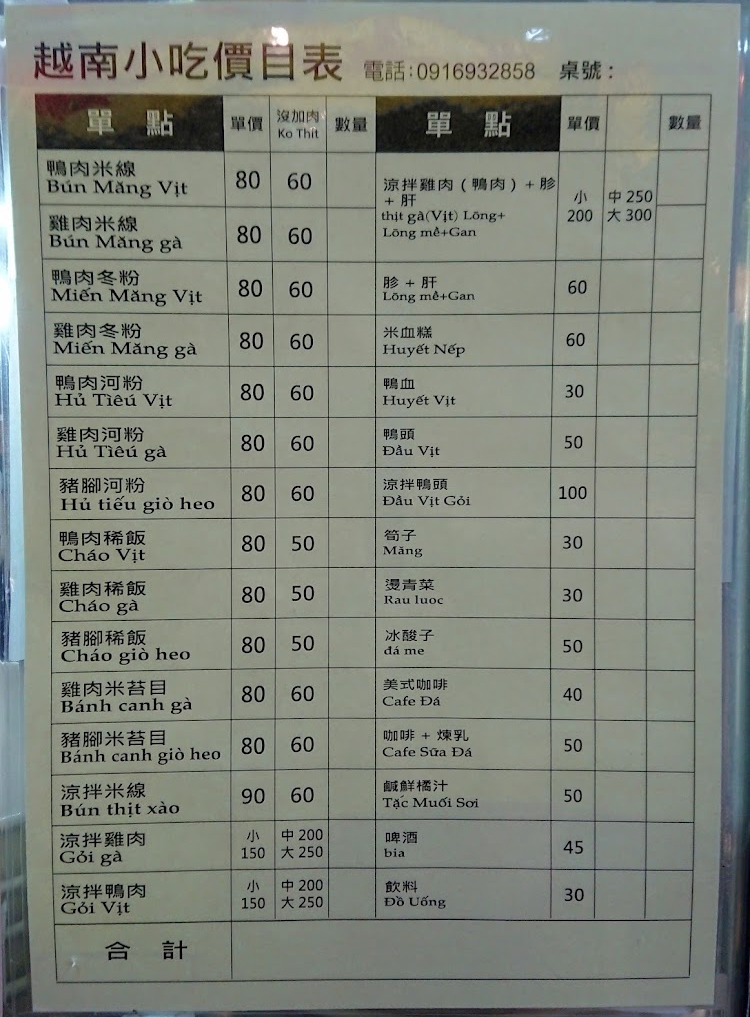
餐廳：越南小吃
電話：0916932858
菜單：
name: 鴨肉米線
price: 80
name: 鴨肉米線(沒加肉)
price: 60
name: 雞肉米線
price: 80
name: 雞肉米線(沒加肉)
price: 60
name: 鴨肉冬粉
price: 80
name: 鴨肉冬粉(沒加肉)
price: 60
name: 雞肉冬粉
price: 80
name: 雞肉冬粉(沒加肉)
price: 60
name: 鴨肉河粉
price: 80
name: 鴨肉河粉(沒加肉)
price: 60
name: 雞肉河粉
price: 80
name: 雞肉河粉(沒加肉)
price: 60
name: 豬腳河粉
price: 80
name: 豬腳河粉(沒加肉)
price: 60
name: 鴨肉稀飯
price: 80
name: 鴨肉稀飯(沒加肉)
price: 50
name: 雞肉稀飯
price: 80
name: 雞肉稀飯(沒加肉)
price: 50
name: 豬腳稀飯
price: 80
name: 豬腳稀飯(沒加肉)
price: 50
name: 雞肉米苔目
price: 80
name: 雞肉米苔目(沒加肉)
price: 60
name: 豬腳米苔目
price: 80
name: 豬腳米苔目(沒加肉)
price: 60
name: 涼拌米線
price: 90
name: 涼拌米線(沒加肉)
price: 60
name: 涼拌雞肉小
price: 150
name: 涼拌雞肉中
price: 200
name: 涼拌雞肉大
price: 250
name: 涼拌鴨肉小
price: 150
name: 涼拌鴨肉中
price: 200
name: 涼拌鴨肉大
price: 250
name: 涼拌雞肉(含胗和肝)小
price: 200
name: 涼拌雞肉(含胗和肝)中
price: 250
name: 涼拌鴨肉(含胗和肝)小
price: 200
name: 涼拌鴨肉(含胗和肝)中
price: 250
name: 胗+肝
price: 60
name: 米血糕
price: 60
name: 鴨血
price: 30
name: 鴨頭
price: 50
name: 涼拌鴨頭
price: 100
name: 筍子
price: 30
name: 燙青菜
price: 30
name: 冰酸梅
price: 50
name: 美式咖啡
price: 40
name: 咖啡+煉乳
price: 50
name: 鹹鮮橘汁
price: 50
name: 啤酒
price: 45
name: 飲料
price: 30